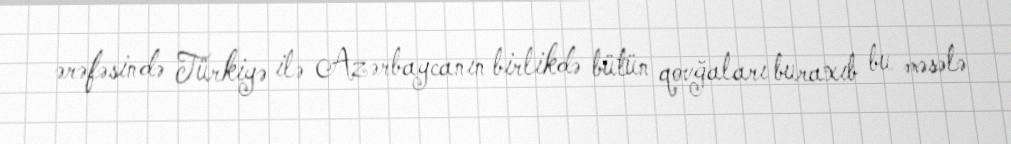
ərəfəsində Türkiyə ilə Azərbaycanın birlikdə bütün qovğaları buraxıb bu məsələ